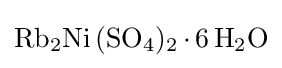
{\ce {Rb2Ni (SO4)2.6H2O}}